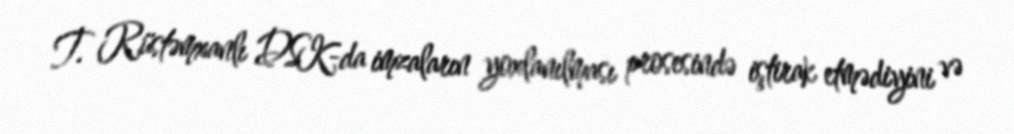
T. Rüstəmxanlı DSK-da imzaların yoxlanılması prosesində iştirak etmədiyini və